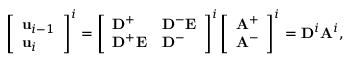
\left[ \begin{array} { l } { \mathbf { u } _ { i - 1 } } \\ { \mathbf { u } _ { i } } \end{array} \right] ^ { i } = \left[ \begin{array} { l l } { \mathbf { D } ^ { + } } & { \mathbf { D } ^ { - } \mathbf { E } } \\ { \mathbf { D } ^ { + } \mathbf { E } } & { \mathbf { D } ^ { - } } \end{array} \right] ^ { i } \left[ \begin{array} { l } { \mathbf { A } ^ { + } } \\ { \mathbf { A } ^ { - } } \end{array} \right] ^ { i } = \mathbf { D } ^ { i } \mathbf { A } ^ { i } ,